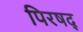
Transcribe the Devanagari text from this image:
पिरषद्